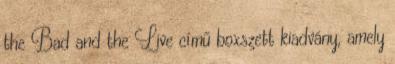
the Bad and the Live című boxszett kiadvány, amely